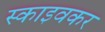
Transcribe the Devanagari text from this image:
स्काइवकर